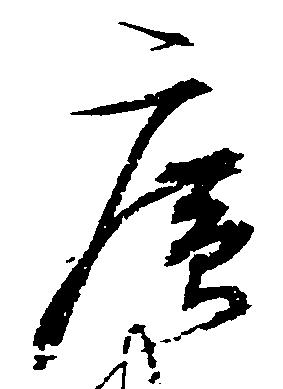
広